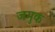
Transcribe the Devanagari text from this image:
जमुक